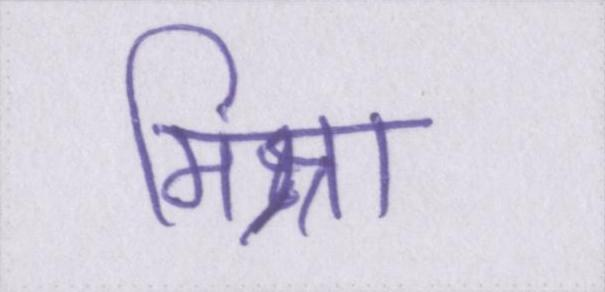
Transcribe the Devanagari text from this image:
मिश्रा